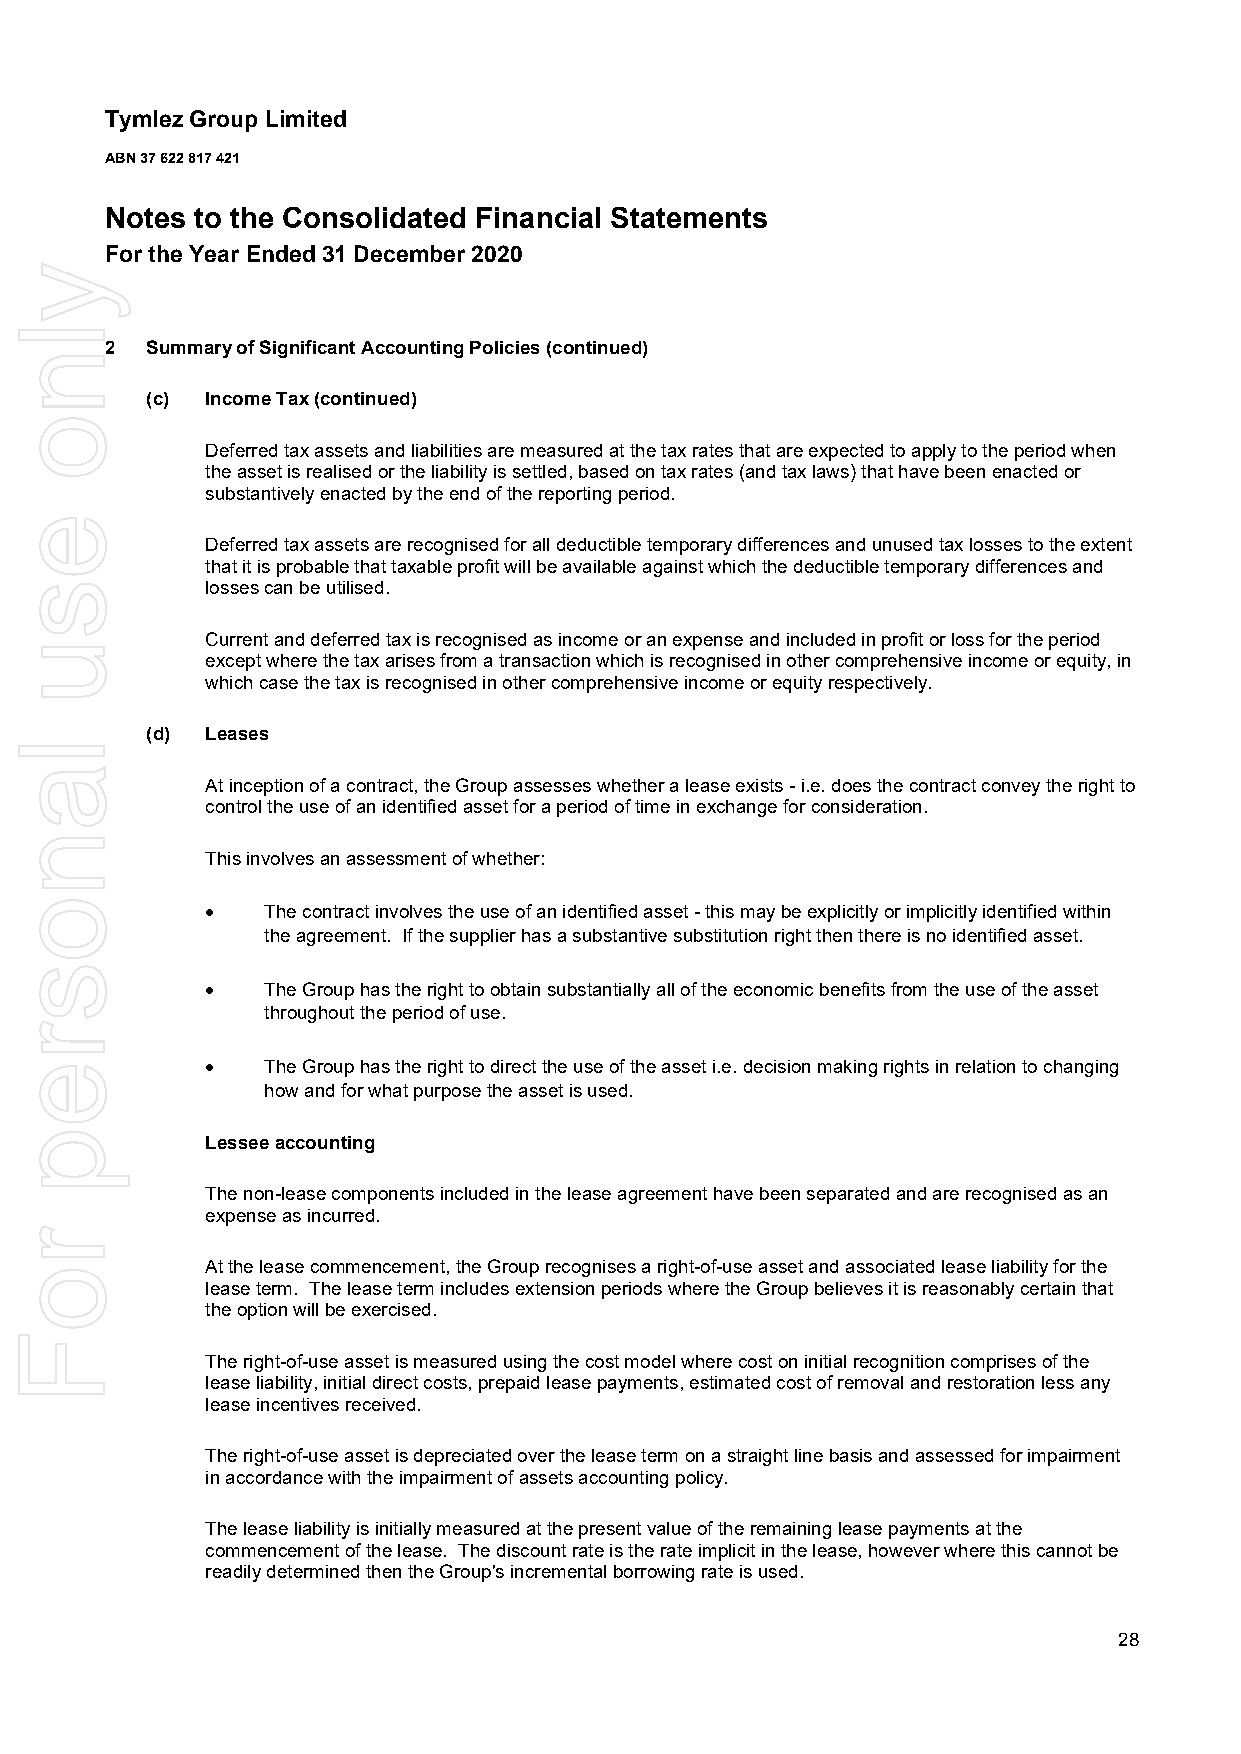
Tymlez Group Limited
 ABN 37 622 817 421
 Notes to the Consolidated Financial Statements
 For the Year Ended 31 December 2020
 2  Summary of Significant Accounting Policies (continued)
 (c) Income Tax (continued)
 Deferred tax assets and liabilities are measured at the tax rates that are expected to apply to the period when
 the asset is realised or the liability is settled, based on tax rates (and tax laws) that have been enacted or
 substantively enacted by the end of the reporting period.
 Deferred tax assets are recognised for all deductible temporary differences and unused tax losses to the extent
 that it is probable that taxable profit will be available against which the deductible temporary differences and
 losses can be utilised.
 Current and deferred tax is recognised as income or an expense and included in profit or loss for the period
 except where the tax arises from a transaction which is recognised in other comprehensive income or equity, in
 which case the tax is recognised in other comprehensive income or equity respectively.
 (d) Leases
 At inception of a contract, the Group assesses whether a lease exists - i.e. does the contract convey the right to
 control the use of an identified asset for a period of time in exchange for consideration.
 This involves an assessment of whether:
   The contract involves the use of an identified asset - this may be explicitly or implicitly identified within
 the agreement. If the supplier has a substantive substitution right then there is no identified asset.
   The Group has the right to obtain substantially all of the economic benefits from the use of the asset
 throughout the period of use.
   The Group has the right to direct the use of the asset i.e. decision making rights in relation to changing
 how and for what purpose the asset is used.
 Lessee accounting
 The non-lease components included in the lease agreement have been separated and are recognised as an
 expense as incurred.
 At the lease commencement, the Group recognises a right-of-use asset and associated lease liability for the
 lease term. The lease term includes extension periods where the Group believes it is reasonably certain that
 the option will be exercised.
 The right-of-use asset is measured using the cost model where cost on initial recognition comprises of the
 lease liability, initial direct costs, prepaid lease payments, estimated cost of removal and restoration less any
 lease incentives received.
 The right-of-use asset is depreciated over the lease term on a straight line basis and assessed for impairment
 in accordance with the impairment of assets accounting policy.
 The lease liability is initially measured at the present value of the remaining lease payments at the
 commencement of the lease. The discount rate is the rate implicit in the lease, however where this cannot be
 readily determined then the Group's incremental borrowing rate is used.
 28
 ylno
 esu
 lanosrep
 roF